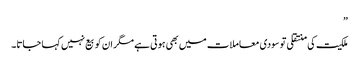
”
ملکیت کی منتقلی تو سودی معاملات میں بھی ہوتی ہے مگر ان کو بیع نہیں کہا جاتا۔